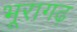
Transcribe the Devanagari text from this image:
भूरागढ़